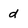
Character: d